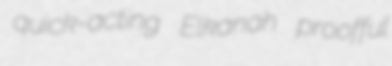
quick-acting Elkanah proofful